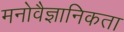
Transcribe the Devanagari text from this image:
मनोवैज्ञानिकता